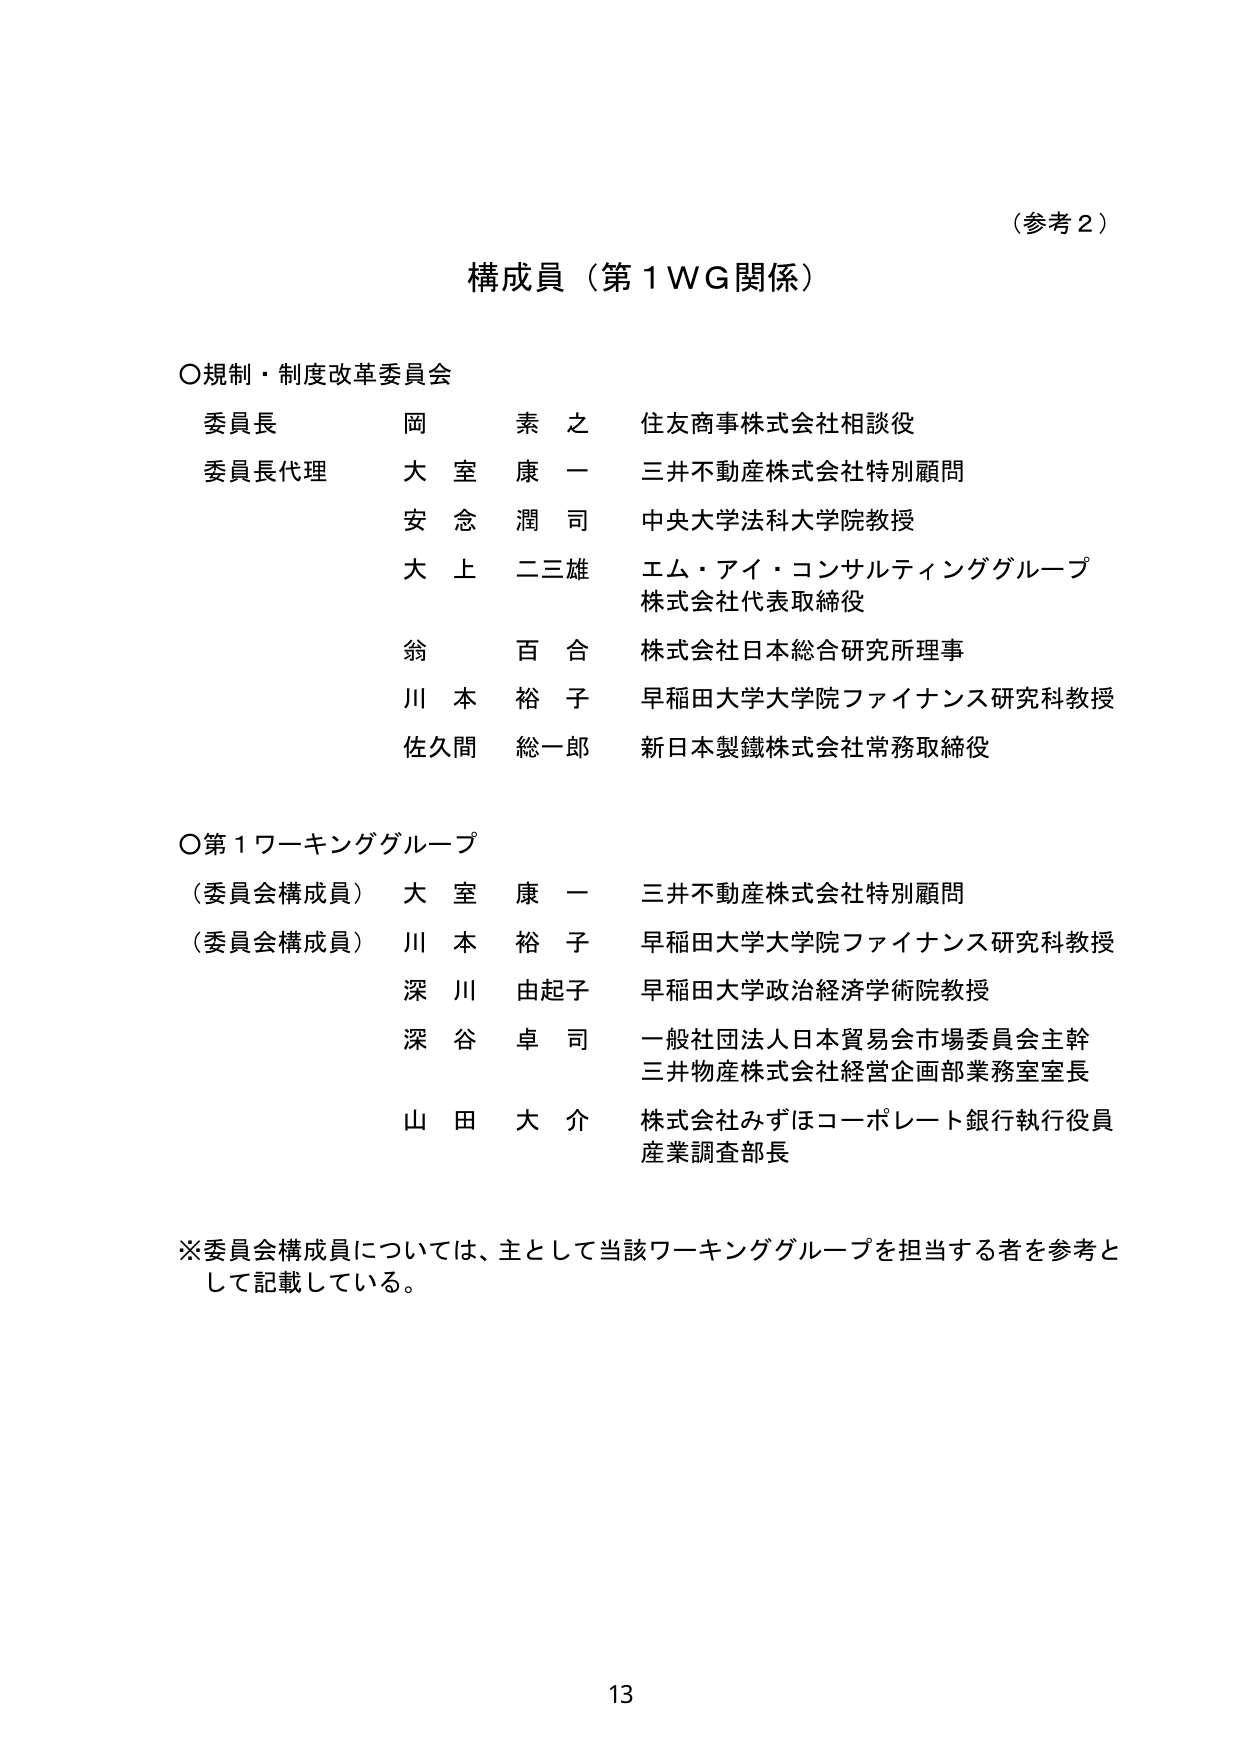
（参考２）

構成員（第１ＷＧ関係）

〇規制・制度改革委員会
委員長　　　岡　素之　　　住友商事株式会社相談役
委員長代理　大室　康一　　三井不動産株式会社特別顧問
　　　　　　安念　潤司　　中央大学法科大学院教授
　　　　　　大上　二三雄　　エム・アイ・コンサルティンググループ
　　　　　　　　　　　　　　株式会社代表取締役
　　　　　　翁　百合　　　株式会社日本総合研究所理事
　　　　　　川本　裕子　　早稲田大学大学院ファイナンス研究科教授
　　　　　　佐久間　総一郎　新日本製鐵株式会社常務取締役

〇第１ワーキンググループ
（委員会構成員）　大室　康一　　三井不動産株式会社特別顧問
（委員会構成員）　川本　裕子　　早稲田大学大学院ファイナンス研究科教授
　　　　　　　　深川　由起子　　早稲田大学政治経済学術院教授
　　　　　　　　深谷　卓司　　一般社団法人日本貿易会市場委員会主幹
　　　　　　　　　　　　　　　三井物産株式会社経営企画部業務室室長
　　　　　　　　山田　大介　　株式会社みずほコーポレート銀行執行役員
　　　　　　　　　　　　　　　産業調査部長

※委員会構成員については、主として当該ワーキンググループを担当する者を参考として記載している。

13